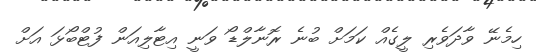
ހިމެނޭ ވާދަވެރި ލީގެއް ކަމަށް ބުނެ ރޮނާލްޑޯ ވަނީ އިޓާލިއަން ފުޓްބޯޅަ އަށް